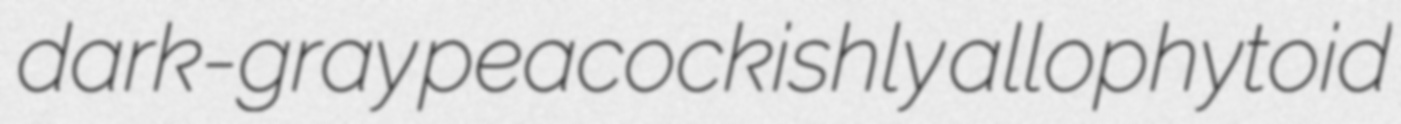
dark-gray peacockishly allophytoid